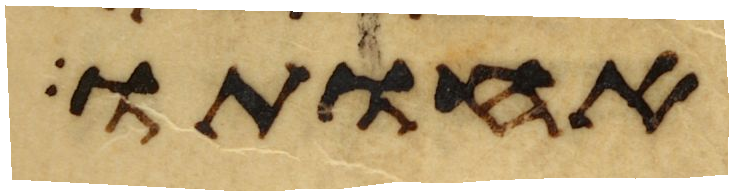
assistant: אחותו